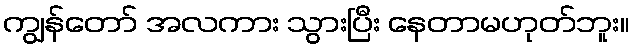
ကျွန်တော် အလကား သွားပြီး နေတာမဟုတ်ဘူး။